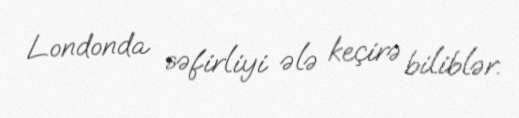
Londonda səfirliyi ələ keçirə biliblər.